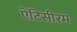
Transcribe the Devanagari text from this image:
ऐंटिसीरम